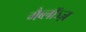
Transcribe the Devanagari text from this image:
गैब्लॉञ्ज़